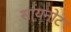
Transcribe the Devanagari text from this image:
सायनोट